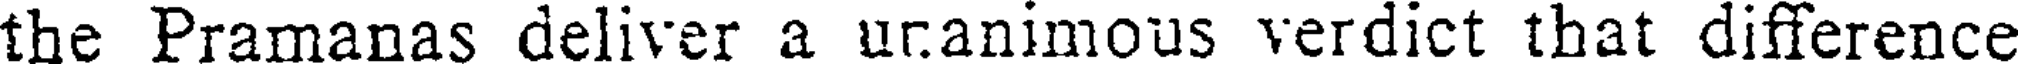
the Pramanas deliver a uranimous verdict that difference